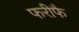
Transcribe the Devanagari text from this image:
फरीफै